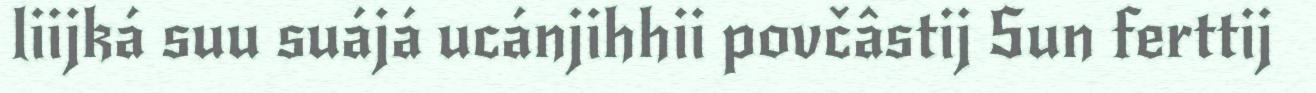
liijká suu suájá ucánjihhii povčâstij Sun ferttij